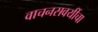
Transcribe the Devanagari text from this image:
वाचनसवयींचा